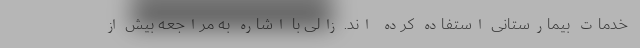
خدمات بیمارستانی استفاده کرده اند. زالی با اشاره به مراجعه بیش از